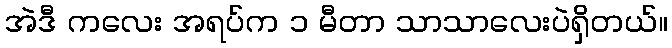
အဲဒီ ကလေး အရပ်က ၁ မီတာ သာသာလေးပဲရှိတယ်။